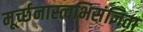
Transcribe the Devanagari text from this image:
मूर्च्छनास्त्वभिसंज्ञिता